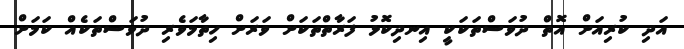
އަދި ކުރިއަށް އޮތް ދުވަސްތަކަކީ އިނދިކޮޅު ފަރާތްތަކަށް ވަރަށް ހިތާމަވެރި ދުވަސްތަކެއް ކަމަށް